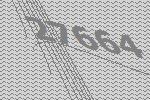
27664